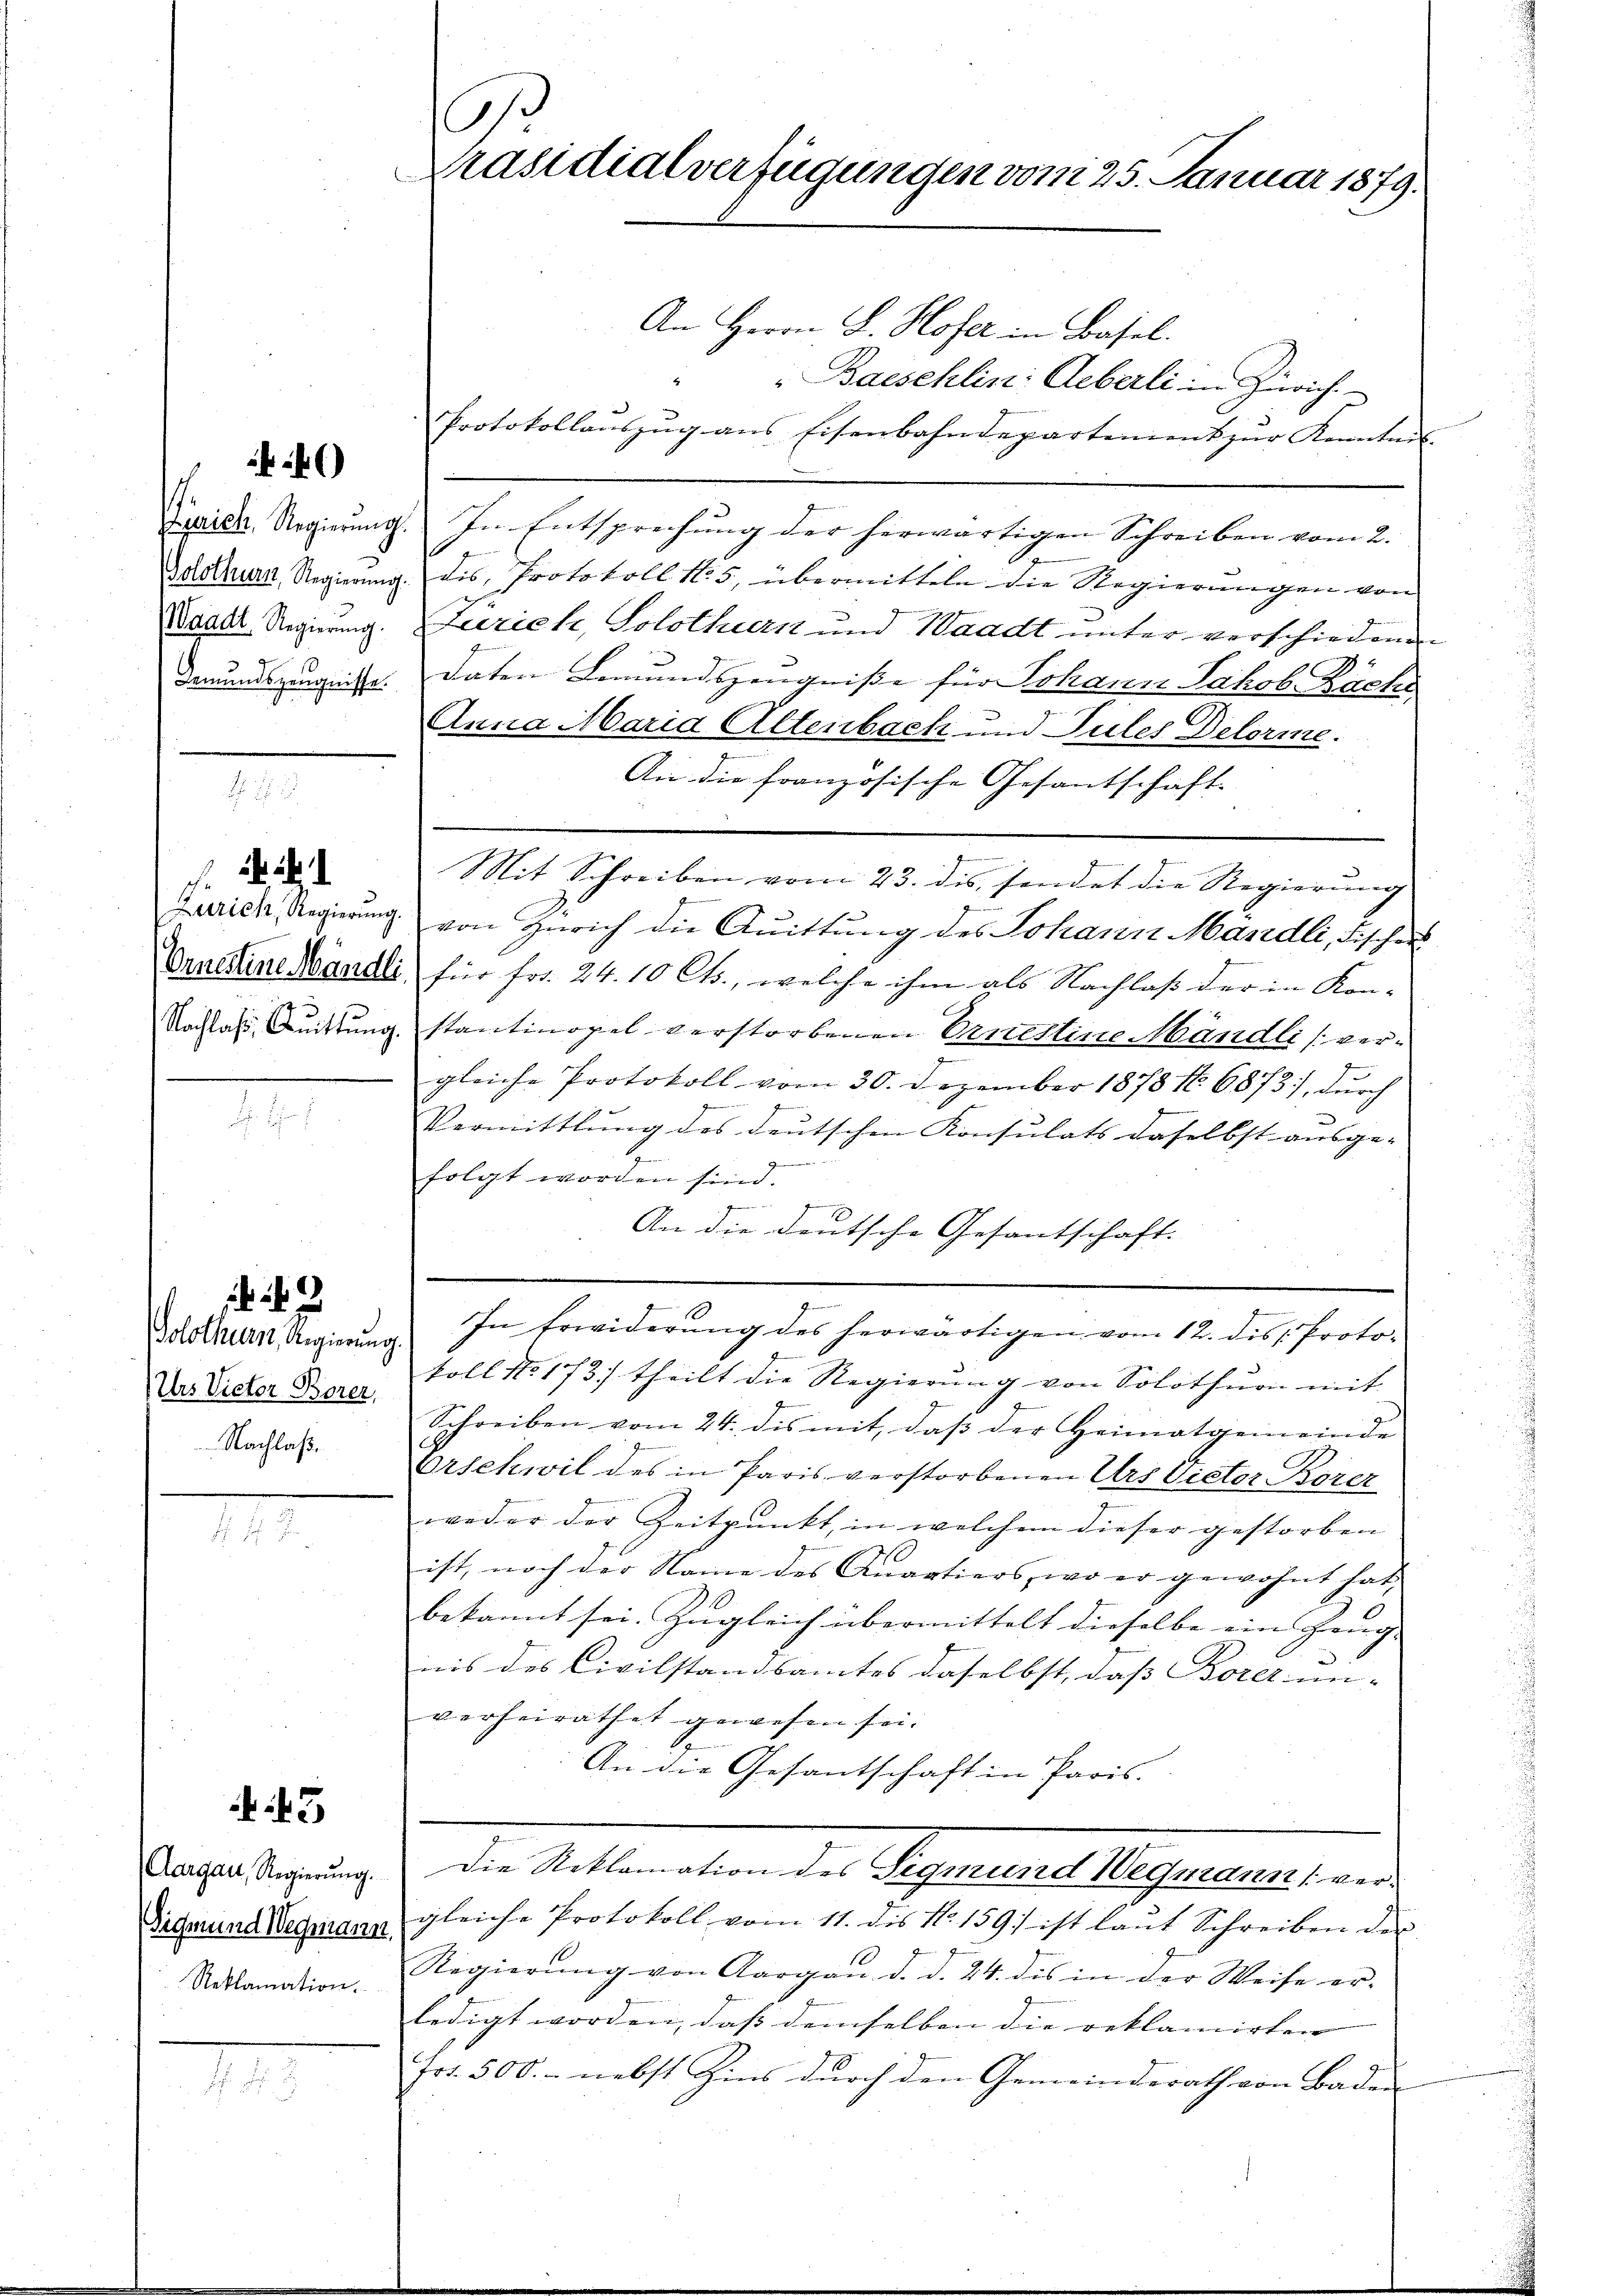
)

Bemundszeugnisse.

ik. I

Solothurn, Regierung.
Nachlaß.

42

3

Reklamation.

.
Präsidialverfügungen vom 25. Januar 1879.

An Herrn L. Hofer in Basel.
Bacsehlin: Aeberli in Zürich
Protokollauszug aus Eisenbahndepartement zur Kenntnis- |
Zuppier Regierung. In Entsprechung der herwärtigen Schreiben vom 2.
Solothurn, Regierung. Dis, Protokoll N. 5, übermitteln die Regierungen von
Waadt Regierung. Zeczick, Solothurn und Waadt unter verschiedenen
daten Bemundszeugnisse für Johann Jakob Däche
Anna Maria Altenbach und Pules Delorme.
An die französische Gesantschaft-
Mit Schreiben vom 23. dis, sendet die Regierung
Junrich, Regierung von Zürich die Quittung des Johann Mandli, Fischen
Vruedeine Wändli für Fr. 24.10 Cts., welche ihm als Nachlaß der in Kon-
Nachlass Duttung stantinopel verstorbenen Ernelline Mändli [verf
gleiche Protokoll vom 30. Dezember 1878 16. 6873), durch
Vermittlung des deutschen Konsulats daselbst ausge-
folgt worden sind.
An die deutsche Gesantschaft. |
In Erwiderung des herwärtigen vom 12. des Protokoll No 173) theilt die Regierung von Solothurn mit
Das Victor Bere. Schreiben vom 24. des mit, daβ der Heimatgemeinde
Orschwil des in Paris verstorbenen Urs Victor Borez
weder der Zeitpunkt, in welchem dieser gestorben
ist, noch der Name des Quartiers, wo er gewohnt hat,
bekannt sei. Zugleich übermittelt dieselbe ein Heng- |
nis des Civilstandsamtes daselbst, daß Borer un-
verheirathet gewesen sei.
An die Gesantschaft in Paris.
Aathalterath die Sitteneten der Angemeines Sachen eines der
Sederund Wegmann gleiche Protokoll vom 11. des No. 159. ist laŭt Schreiben des
Regierŭng von Aargau d. d. 24. des in der Weise er-
ledigt worden, daß demselben die reklamirten
Jrt. 500.- nebst Zins durch den Gemeinderath von Baden